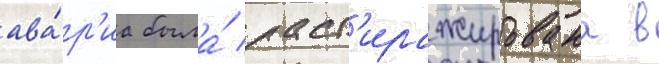
ава́р'иа была́ раст'иражирована в